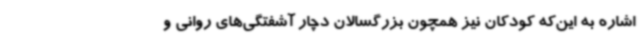
اشاره به این‌که کودکان نیز همچون بزرگسالان دچار آشفتگی‌های روانی و